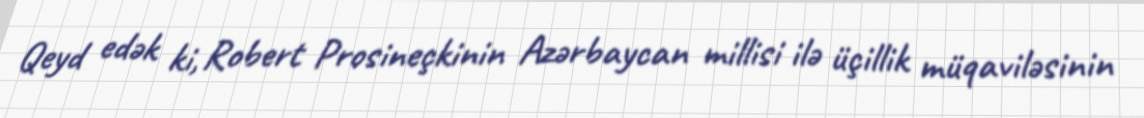
Qeyd edək ki, Robert Prosineçkinin Azərbaycan millisi ilə üçillik müqaviləsinin